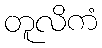
တူလိကံ